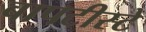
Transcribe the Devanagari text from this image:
बापटीस्टे